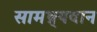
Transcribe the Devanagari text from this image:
सामथ्र्यवान